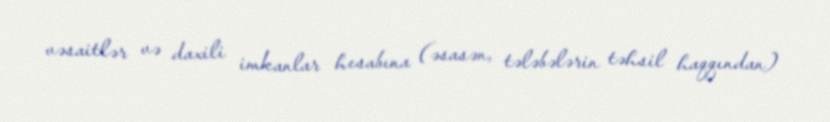
vəsaitlər və daxili imkanlar hesabına (əsasən, tələbələrin təhsil haqqından)